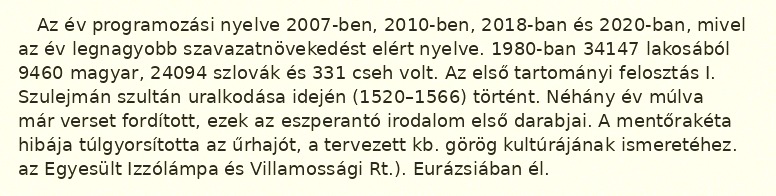
Az év programozási nyelve 2007-ben, 2010-ben, 2018-ban és 2020-ban, mivel az év legnagyobb szavazatnövekedést elért nyelve. 1980-ban 34147 lakosából 9460 magyar, 24094 szlovák és 331 cseh volt. Az első tartományi felosztás I. Szulejmán szultán uralkodása idején (1520–1566) történt. Néhány év múlva már verset fordított, ezek az eszperantó irodalom első darabjai. A mentőrakéta hibája túlgyorsította az űrhajót, a tervezett kb. görög kultúrájának ismeretéhez. az Egyesült Izzólámpa és Villamossági Rt.). Eurázsiában él.